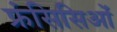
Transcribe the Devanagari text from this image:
फ्रंसिसिओं